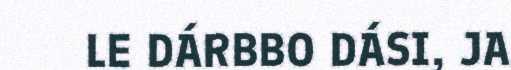
LE DÁRBBO DÁSI, JA